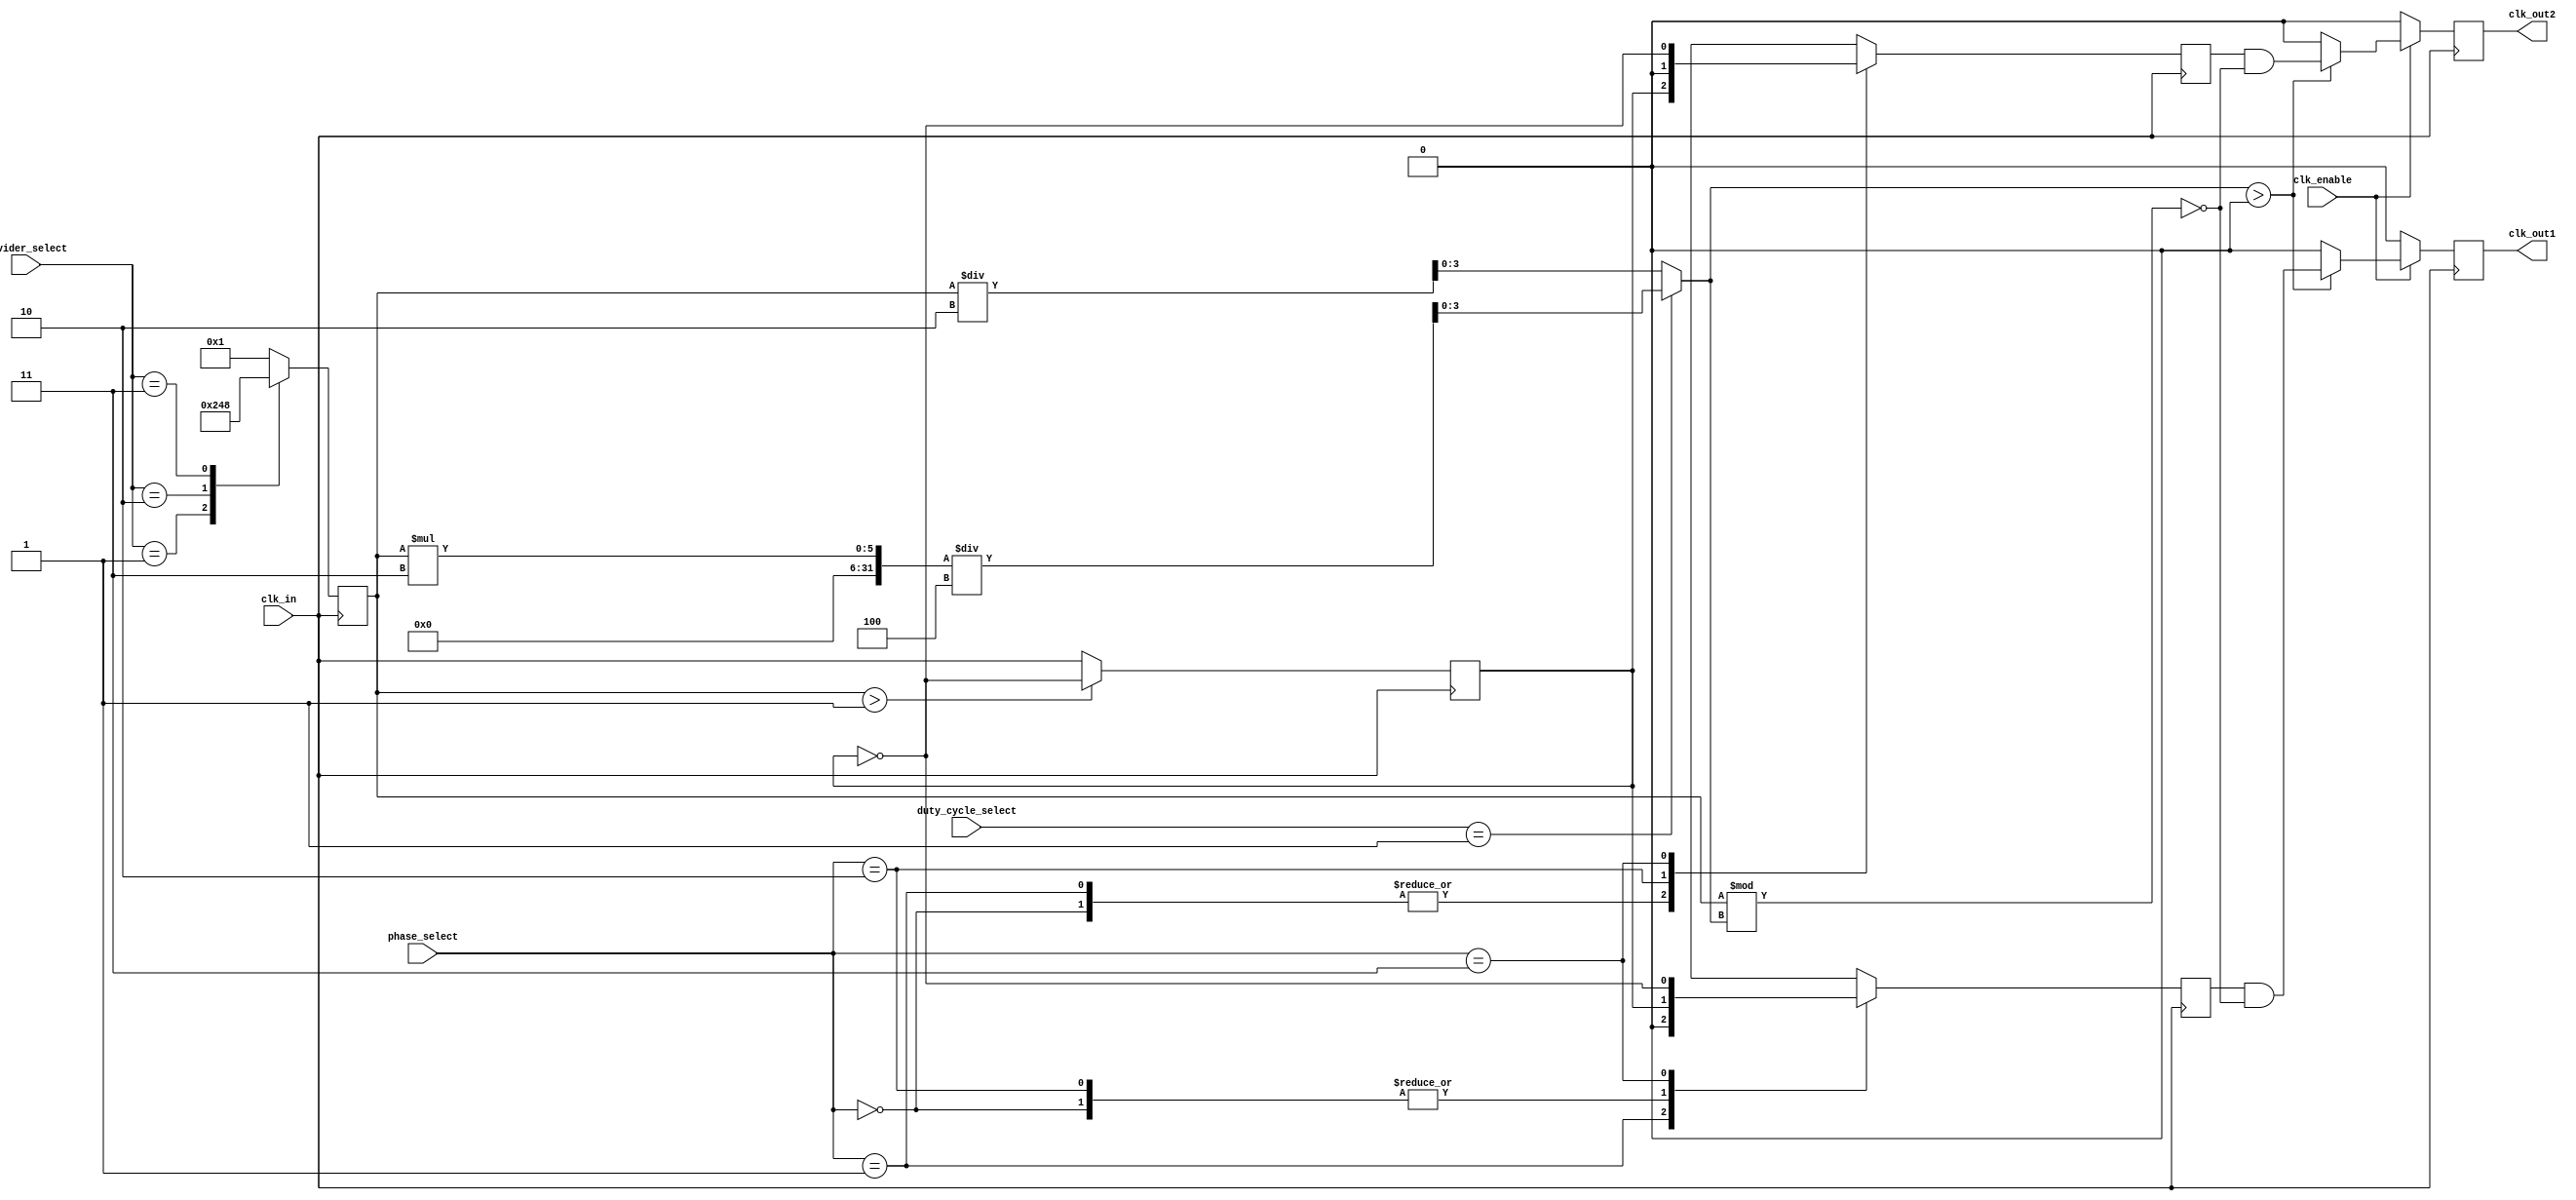
module ProgrammableClockBuffer (
    input wire clk_in,                // Input clock source
    input wire [2:0] divider_select,  // Select divider ratio (1, 2, 4, 8)
    input wire [1:0] phase_select,    // Select phase (0, 90, 180, 270)
    input wire [1:0] duty_cycle_select,// Select duty cycle (50%, 75%)
    input wire clk_enable,             // Enable signal for output clocks
    output reg clk_out1,              // Output clock 1
    output reg clk_out2               // Output clock 2
);

    reg [3:0] clk_divider;             // Internal clock divider
    reg [1:0] phase_offset;            // Internal phase offset
    reg clk_div;                       // Divided clock signal
    reg clk_div_1;                     // Divided clock output for clk_out1
    reg clk_div_2;                     // Divided clock output for clk_out2

    // Clock divider logic
    always @(posedge clk_in) begin
        case (divider_select)
            3'b000: clk_divider <= 1;   // Division by 1
            3'b001: clk_divider <= 2;   // Division by 2
            3'b010: clk_divider <= 4;   // Division by 4
            3'b011: clk_divider <= 8;   // Division by 8
            default: clk_divider <= 1;   // Default to division by 1
        endcase
    end

    // Generate divided clock
    always @(posedge clk_in) begin
        if (clk_divider > 1) begin
            clk_div <= ~clk_div;  // Toggle clock for division
        end else begin
            clk_div <= clk_in;    // Direct pass through
        end
    end

    // Phase adjustment logic
    always @(posedge clk_in) begin
        case (phase_select)
            2'b00: begin
                clk_div_1 <= clk_div;  // No phase shift
                clk_div_2 <= clk_div;  // No phase shift
            end
            2'b01: begin
                clk_div_1 <= 0;         // 90 phase shift
                clk_div_2 <= clk_div;   // No phase shift
            end
            2'b10: begin
                clk_div_1 <= clk_div;   // No phase shift
                clk_div_2 <= 0;         // 90 phase shift
            end
            2'b11: begin
                clk_div_1 <= ~clk_div;  // 180 phase shift
                clk_div_2 <= ~clk_div;  // 180 phase shift
            end
        endcase
    end

    // Duty cycle control logic
    reg [3:0] duty_cycle;

    always @(*) begin
        case (duty_cycle_select)
            2'b00: duty_cycle = clk_divider / 2;  // 50% duty cycle
            2'b01: duty_cycle = (clk_divider * 3) / 4; // 75% duty cycle
            default: duty_cycle = clk_divider / 2; // Default to 50%
        endcase
    end

    // Output clocks generation
    always @(posedge clk_in) begin
        if (clk_enable) begin
            // Generate clk_out1
            if (duty_cycle > 0) begin
                clk_out1 <= (clk_div_1 && (clk_divider % duty_cycle == 0));
            end else begin
                clk_out1 <= 0;  // Disable if duty cycle is 0
            end
            
            // Generate clk_out2
            if (duty_cycle > 0) begin
                clk_out2 <= (clk_div_2 && (clk_divider % duty_cycle == 0));
            end else begin
                clk_out2 <= 0;  // Disable if duty cycle is 0
            end
        end else begin
            clk_out1 <= 0; // Disable output when not enabled
            clk_out2 <= 0; // Disable output when not enabled
        end
    end
endmodule